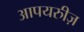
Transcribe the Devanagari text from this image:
आपयरुीज़